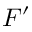
F ^ { \prime }